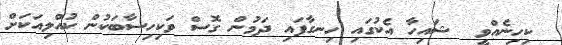
ކިހިނެއްވީ  ޝަަަަައިހާ އެކުގައި ހިނގާފައި ދަމުން ގޮސް ވަކިހިސާބަކުން ކުއްލިއަކަށް